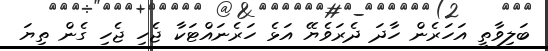
ބަލިވާތީ އަހަރެން ހާދަ ދެރަވެޔޭ އަޅެ ހަރެނައްޓަކާ ޖެހި ޖެހި ގެން ތިޔަ